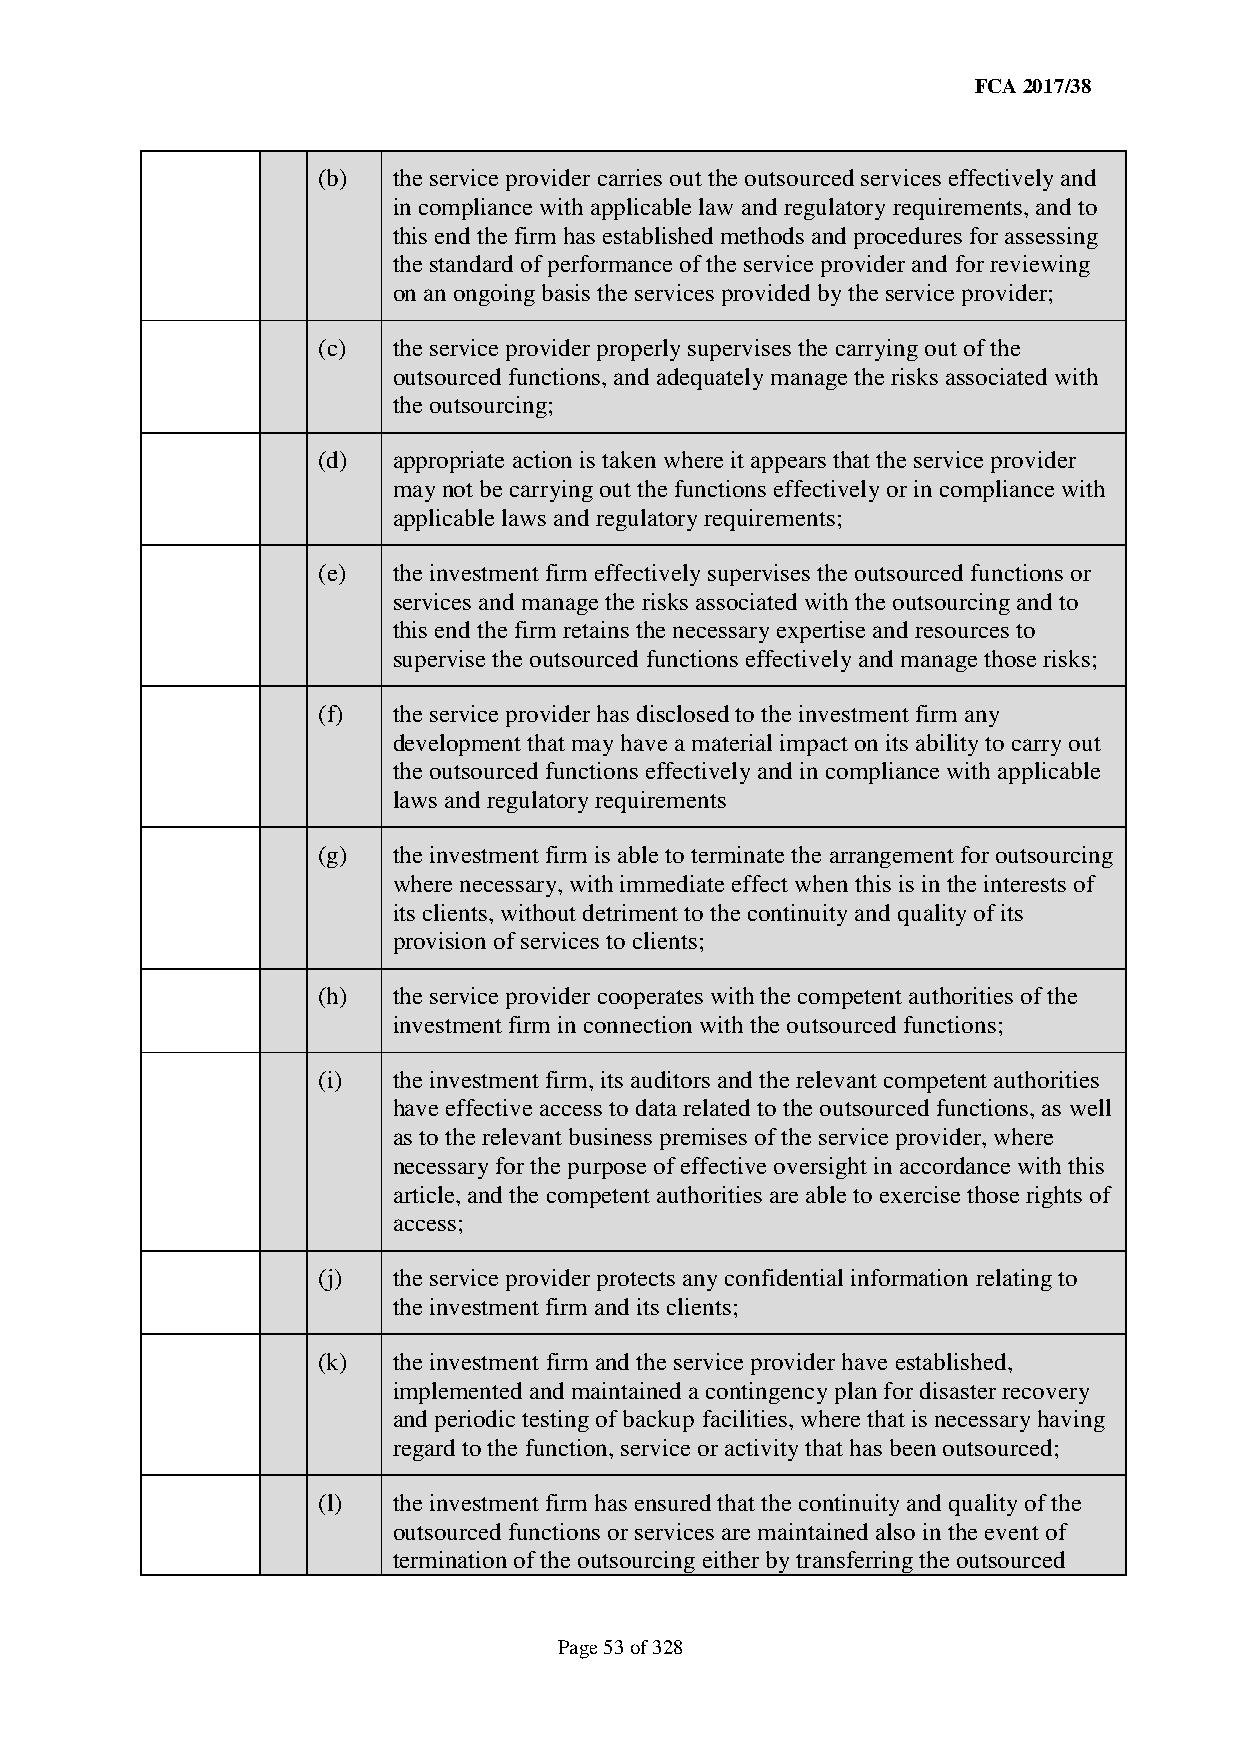
FCA 2017/38
 (b)  the service provider carries out the outsourced services effectively and
 in compliance with applicable law and regulatory requirements, and to
 this end the firm has established methods and procedures for assessing
 the standard of performance of the service provider and for reviewing
 on an ongoing basis the services provided by the service provider;
 (c)  the service provider properly supervises the carrying out of the
 outsourced functions, and adequately manage the risks associated with
 the outsourcing;
 (d)  appropriate action is taken where it appears that the service provider
 may not be carrying out the functions effectively or in compliance with
 applicable laws and regulatory requirements;
 (e)  the investment firm effectively supervises the outsourced functions or
 services and manage the risks associated with the outsourcing and to
 this end the firm retains the necessary expertise and resources to
 supervise the outsourced functions effectively and manage those risks;
 (f)  the service provider has disclosed to the investment firm any
 development that may have a material impact on its ability to carry out
 the outsourced functions effectively and in compliance with applicable
 laws and regulatory requirements
 (g)  the investment firm is able to terminate the arrangement for outsourcing
 where necessary, with immediate effect when this is in the interests of
 its clients, without detriment to the continuity and quality of its
 provision of services to clients;
 (h)  the service provider cooperates with the competent authorities of the
 investment firm in connection with the outsourced functions;
 (i)  the investment firm, its auditors and the relevant competent authorities
 have effective access to data related to the outsourced functions, as well
 as to the relevant business premises of the service provider, where
 necessary for the purpose of effective oversight in accordance with this
 article, and the competent authorities are able to exercise those rights of
 access;
 (j)  the service provider protects any confidential information relating to
 the investment firm and its clients;
 (k)  the investment firm and the service provider have established,
 implemented and maintained a contingency plan for disaster recovery
 and periodic testing of backup facilities, where that is necessary having
 regard to the function, service or activity that has been outsourced;
 (l)  the investment firm has ensured that the continuity and quality of the
 outsourced functions or services are maintained also in the event of
 termination of the outsourcing either by transferring the outsourced
 Page 53 of 328